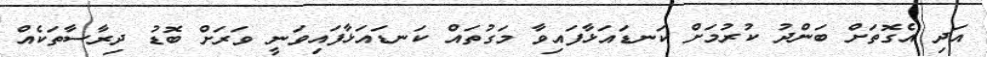
އަދި އެގޮތަށް ބަންދު ކުރުމަށް ކަނޑައަޅާފައިވާ މަގުތައް ކަނޑައަޅާފައިވަނީ ވަރަށް ބޮޑު ދިރާސާތަކެއް